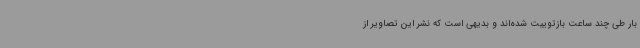
بار طی چند ساعت بازتوییت شده‌اند و بدیهی است که نشر این تصاویر از